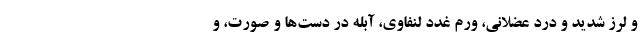
و لرز شدید و درد عضلانی، ورم غدد لنفاوی، آبله در دست‌ها و صورت، و